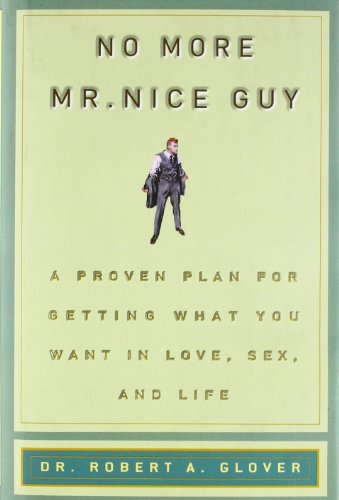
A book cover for No More Mr Nice Guy; Robert A. Glover; Parenting & Relationships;